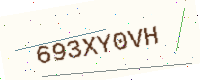
Text: 693XY0VH